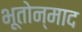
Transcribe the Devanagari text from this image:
भूतोन्माद